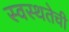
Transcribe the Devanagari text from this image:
स्वस्थतेची